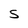
Character: S